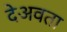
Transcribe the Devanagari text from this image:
देअवता